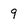
Character: 9